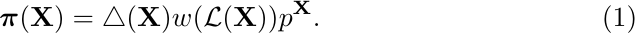
\begin{align} \label{eq_LMB_RFS}
	\boldsymbol{\pi}(\mathbf{X}) = \triangle(\mathbf{X}) w(\mathcal{L}(\mathbf{X}))p^{\mathbf{X}}.
\end{align}